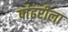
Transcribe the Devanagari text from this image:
पांढरीला